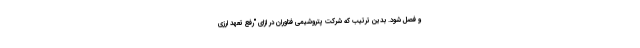
و فصل شود. بدین ترتیب که شرکت پتروشیمی فناوران در ازای "رفع تعهد ارزی